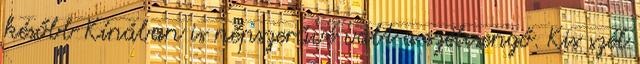
később Kínában is népszerűvé vált a szélcsengő. Kis szél